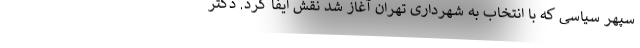
سپهر سیاسی که با انتخاب به شهرداری تهران آغاز شد نقش ایفا کرد. دکتر